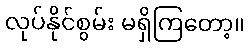
လုပ်နိုင်စွမ်း မရှိကြတော့။